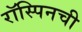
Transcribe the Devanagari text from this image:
रॉस्पिनची